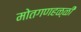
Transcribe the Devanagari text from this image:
मोतगणहळ्ळी